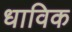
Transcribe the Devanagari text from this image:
धाविक